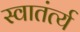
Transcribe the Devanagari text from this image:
स्वातंर्त्य